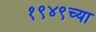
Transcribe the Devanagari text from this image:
१९४९च्या